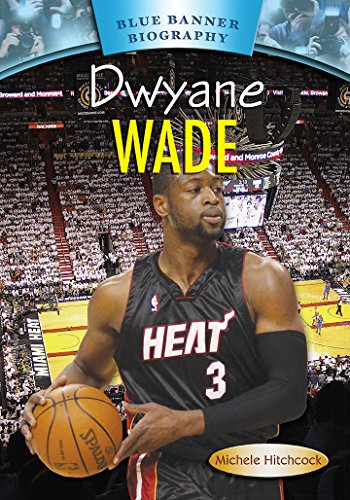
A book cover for Dwyane Wade (Blue Banner Biography); Michele Hitchcock; Children's Books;